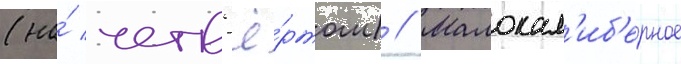
(на́ четв'ё́ртом) // Малокал'иб'ерное